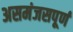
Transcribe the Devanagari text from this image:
असमंजसपूर्ण